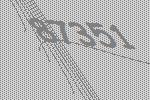
87351